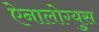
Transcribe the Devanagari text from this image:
ऐनालोग्युस